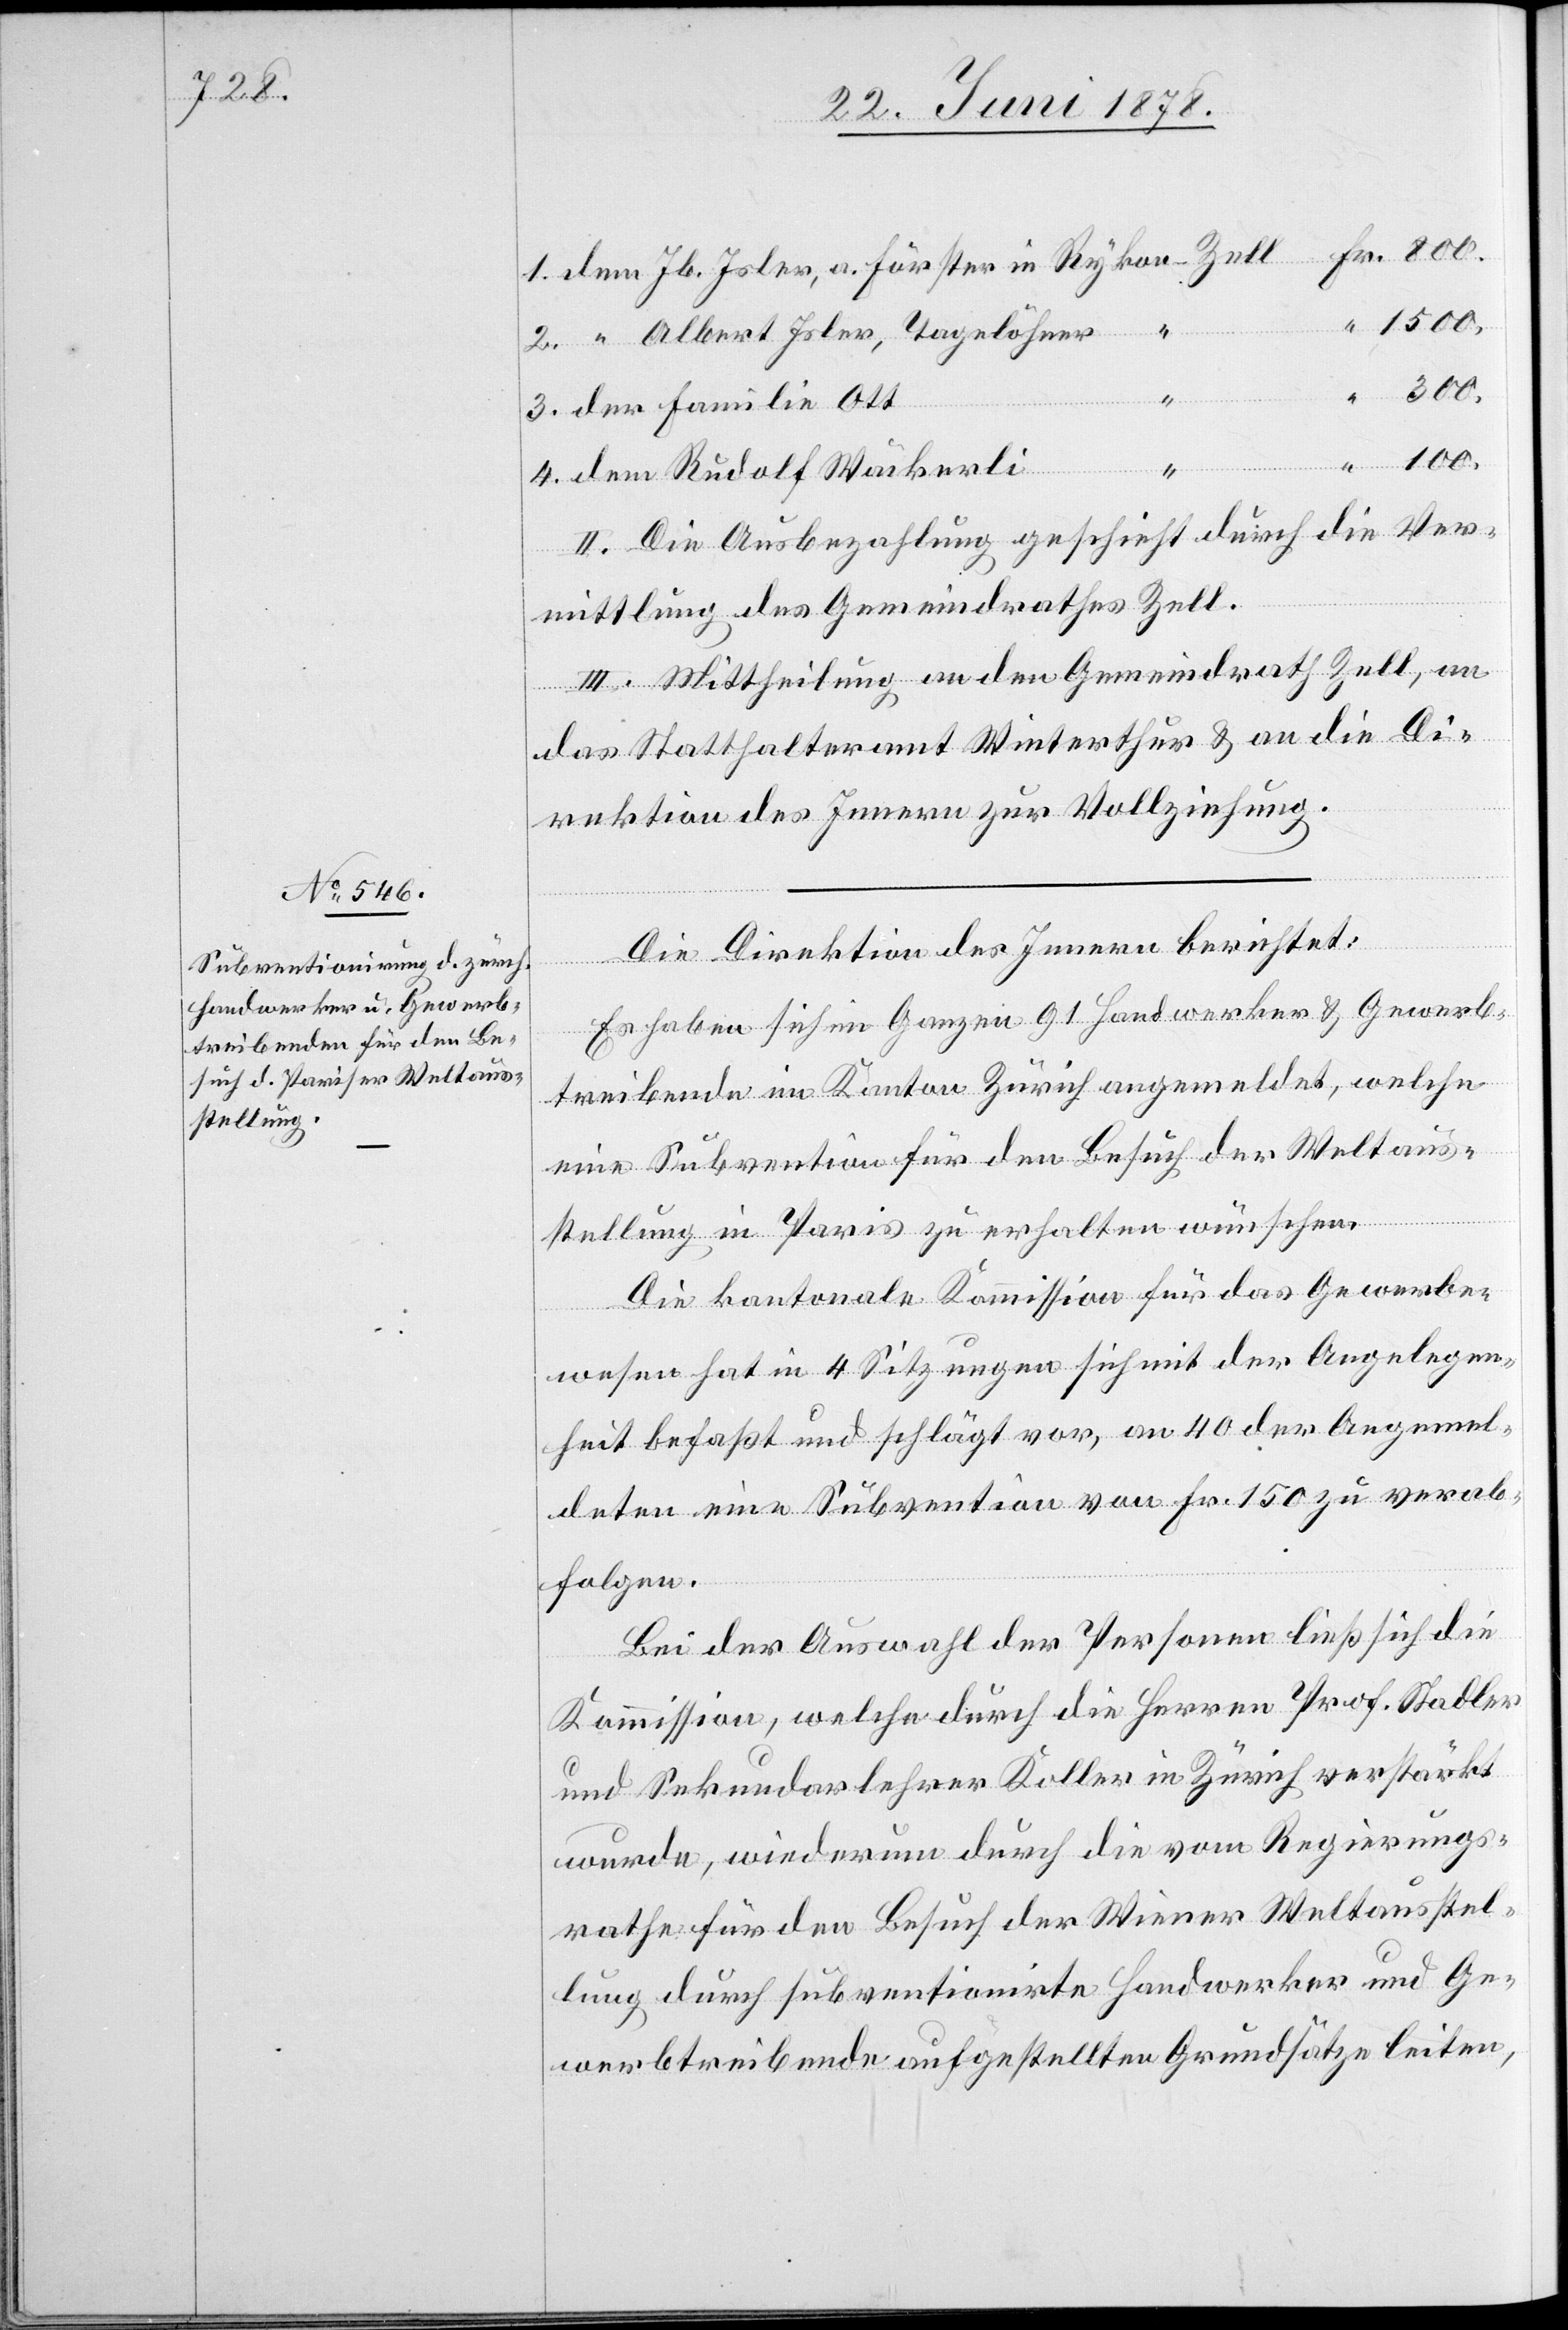
1. dem Jb. Isler, a. Förster in Rykon - Zell Fr. 800.
“ 1500.
2. “ Albert Isler, Tagelöhner
300.
3. der Familie Ott
“ 100.
4. dem Rudolf Wäckerli
II. Die Ausbezahlung geschieht durch die Ver¬
mittlung des Gemeindrathes Zell.
III. Mittheilung an den Gemeindrath Zell, an
das Statthalteramt Winterthur & an die Di¬
rektion des Innern zur Vollziehung.
“
Die Direktion des Innern berichtet:
Es haben sich im Ganzen 91 Handwerker & Gewerb¬
treibende im Kanton Zürich angemeldet, welche
eine Subvention für den Besuch der Weltaus¬
stellung in Paris zu erhalten wünschen.
Die kantonale Kommission für das Gewerbe¬
wesen hat in 4 Sitzungen sich mit der Angelegen¬
heit befaßt und schlägt vor, an 40 der Angemel¬
deten eine Subvention von Fr. 150 zu verab¬
folgen.
Bei der Auswahl der Personen ließ sich die
Kommission, welche durch die Herren Prof. Stadler
und Sekundarlehrer Koller in Zürich verstärkt
wurde, wiederum durch die vom Regierungs¬
rathe für den Besuch der Wiener Weltausstel¬
lung durch subventionirte Handwerker und Ge¬
werbtreibende aufgestellten Grundsätze leiten,